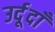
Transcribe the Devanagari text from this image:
उर्दूदाँ